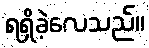
ရရှိခဲ့လေသည်။